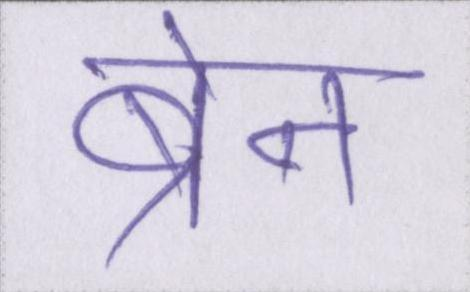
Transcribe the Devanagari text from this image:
ब्रेन